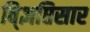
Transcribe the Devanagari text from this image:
वि्ज्ञप्तिसार